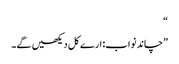
“
”چاند نواب: ارے کل دیکھیں گے۔